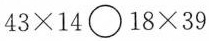
43×14〇18×39